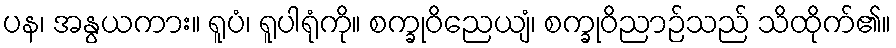
ပန၊ အနွယကား။ ရူပံ၊ ရူပါရုံကို။ စက္ခုဝိညေယျံ၊ စက္ခုဝိညာဉ်သည် သိထိုက်၏။